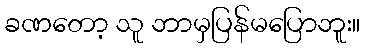
ခဏတော့ သူ ဘာမှပြန်မပြောဘူး။